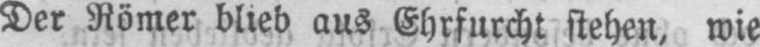
Der Römer blieb aus Ehrfurcht stehen, wie